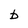
Character: b